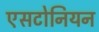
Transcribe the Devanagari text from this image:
एसटोनियन